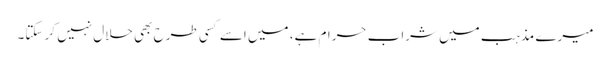
میرے مذہب میں شراب حرام ہے، میں اسے کسی طرح بھی حلال نہیں کر سکتا۔